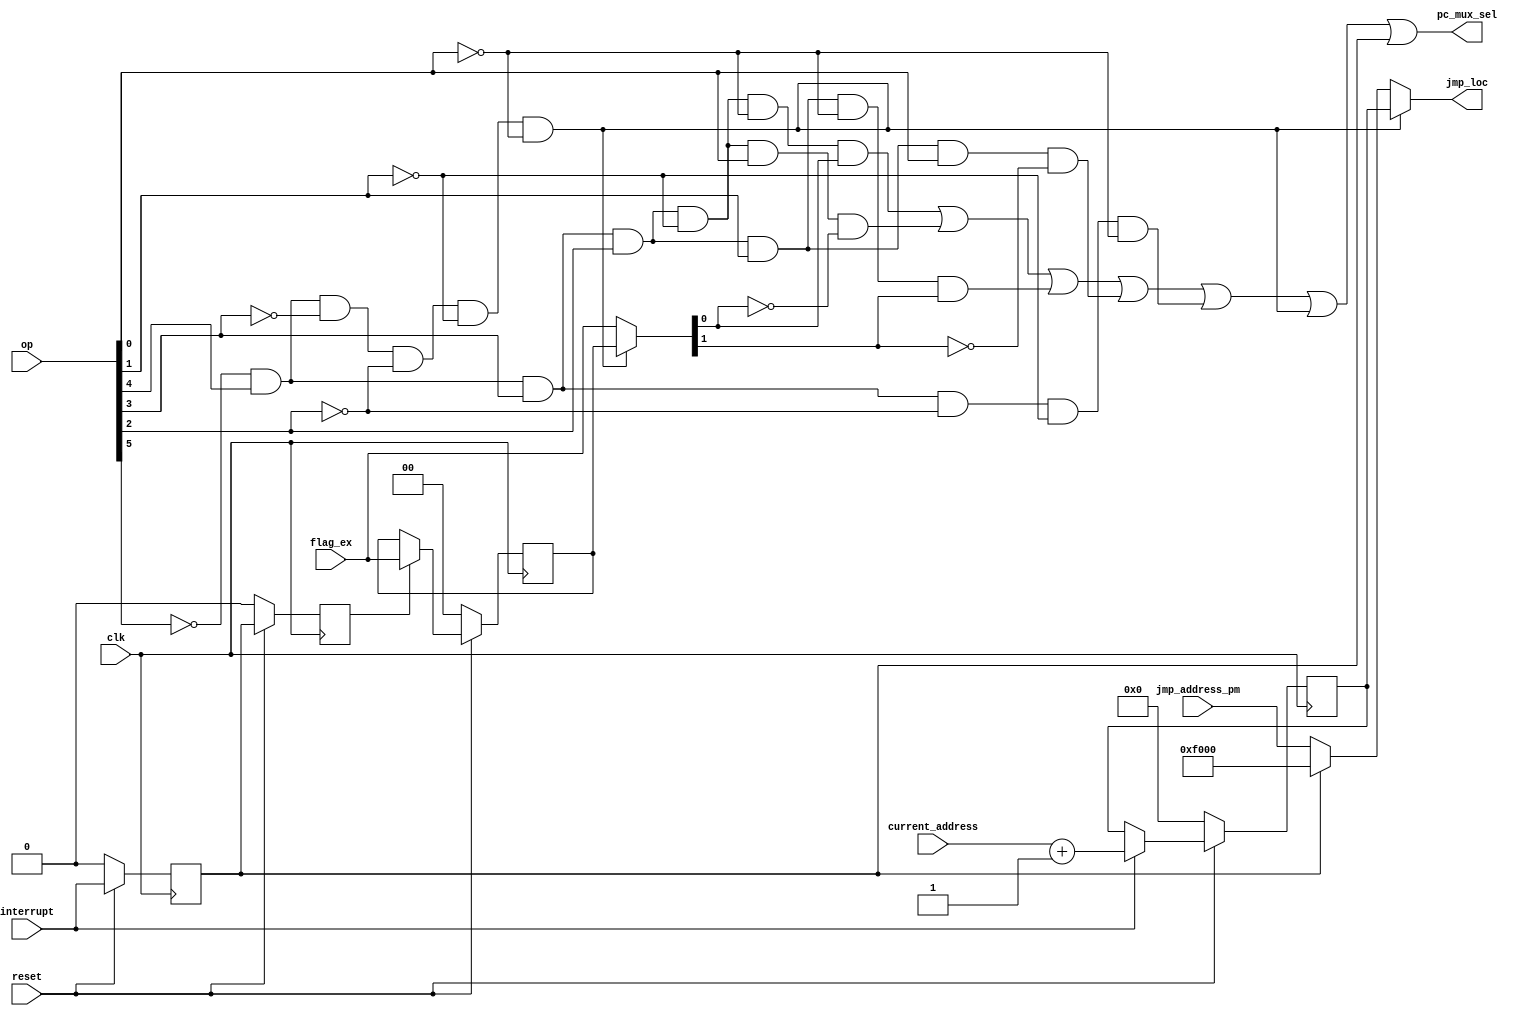
`timescale 1ns / 1ps
//////////////////////////////////////////////////////////////////////////////////
// Company: 
// Engineer: 
// 
// Design Name: 
// Module Name:    jmp_control_block 
// Project Name: 
// Target Devices: 
// Tool versions: 
// Description: 
//
// Dependencies: 
//
// Revision: 
// Revision 0.01 - File Created
// Additional Comments: 
//
//////////////////////////////////////////////////////////////////////////////////
module jmp_control_block(
    input [15:0] jmp_address_pm,
    input [15:0] current_address,
    input [5:0] op,
    input [1:0] flag_ex,
    input interrupt,
    input clk,
    input reset,
    output [15:0] jmp_loc,
    output pc_mux_sel
    );

wire jv, jnv, jz, jnz, jmp, ret;
wire [1:0] mux4 , mux5;
wire [15:0] mux1 , mux2 , mux3 , IA;
reg ff1, ff2;
reg [1:0] mux4_out;
reg [15:0] mux1_out;

assign jv = ~op[5] & op[4] & op[3] & op[2] & ~op[1] & ~op[0];
assign jnv = ~op[5] & op[4] & op[3] & op[2] & ~op[1] & op[0];
assign jz = ~op[5] & op[4] & op[3] & op[2] & op[1] & ~op[0];
assign jnz = ~op[5] & op[4] & op[3] & op[2] & op[1] & op[0];
assign jmp = ~op[5] & op[4] & op[3] & ~op[2] & ~op[1] & ~op[0];
assign ret = ~op[5] & op[4] & ~op[3] & ~op[2] & ~op[1] & ~op[0];

always@(posedge clk)
begin
	if(reset == 1'b0)
		ff1 = 1'b0;
	else
		ff1 = interrupt;
end

always@(posedge clk)
begin
	if(reset == 1'b0)
		ff2 = 1'b0;
	else
		ff2 = ff1;
end

always@(posedge clk)
begin
	if(reset == 1'b0)
		mux4_out = 2'b00;
	else
		mux4_out = mux4;
end

always@(posedge clk)
begin
	if(reset == 1'b0)
		mux1_out = 16'b0000000000000000;
	else
		mux1_out = mux1;
end

assign IA = current_address + 16'b0000000000000001;

assign mux4 = (ff2 == 1) ? flag_ex : mux4_out;
assign mux5 = (ret == 1)? mux4_out : flag_ex;
assign pc_mux_sel = (jv & mux5[0]) | (jnv & ~mux5[0]) | (jz & mux5[1]) | (jnz & ~mux5[1]) | jmp | ret | ff1;
assign mux3 = (ff1 == 1)? 16'hf000 : jmp_address_pm;
assign mux1 = (interrupt == 1) ? IA : mux1_out;
assign mux2 = (ret == 1) ? mux1_out : mux3;

assign jmp_loc = mux2;

endmodule